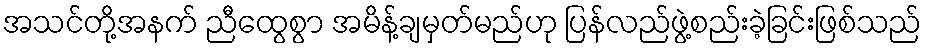
အသင်တို့အနက် ညီထွေစွာ အမိန့်ချမှတ်မည်ဟု ပြန်လည်ဖွဲ့စည်းခဲ့ခြင်းဖြစ်သည်